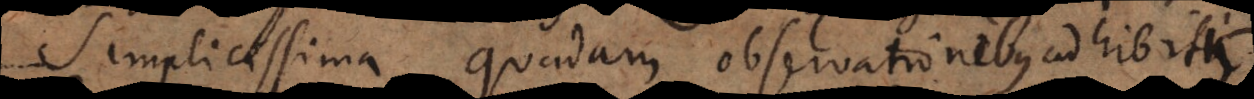
simplicissimis quibusdam observationibus adhibitis,